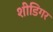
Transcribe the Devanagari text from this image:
शीडिगर